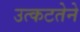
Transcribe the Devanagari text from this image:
उत्कटतेने